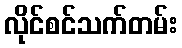
လိုင်စင်သက်တမ်း